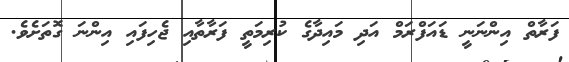
ފަރާތް އިންނަނީ ޑައަފްރަމް އަދި މައިދާގެ ކުރިމަތީ ފަރާތާއި ޖެހިފައި އިންނަ ގޮތަށެވެ.